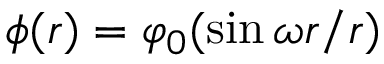
\phi ( r ) = \varphi _ { 0 } ( \sin \omega r / r )